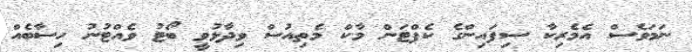
ނަމަވެސް އެމެރިކާ ސިފައިންގެ ކެޕްޓަން މާކް މެތިއުސް ވިދާޅުވީ ބޯޓު ވެއްޓުނު ހިސާބެއް